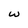
Character: w